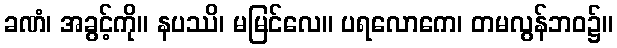
ခဏံ၊ အခွင့်ကို။ နပဿိ၊ မမြင်လေ။ ပရလောကေ၊ တမလွန်ဘဝ၌။